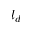
l _ { d }